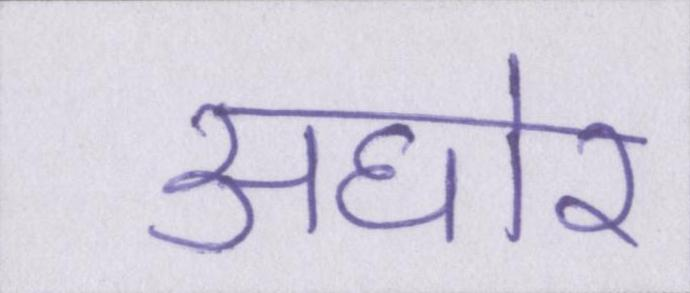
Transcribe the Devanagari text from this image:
अघोर